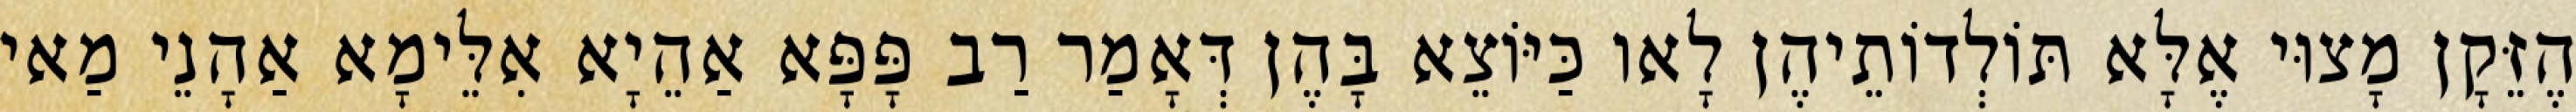
הֶזֵּקָן מָצוּי אֶלָּא תּוֹלְדוֹתֵיהֶן לָאו כַּיּוֹצֵא בָּהֶן דְּאָמַר רַב פָּפָּא אַהֵיָא אִלֵּימָא אַהָנֵי מַאי